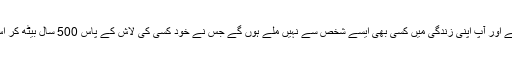
یہ سنی سنائی ہی کہانی ہے اور آپ اپنی زندگی میں کسی بھی ایسے شخص سے نہیں ملے ہوں گے جس نے خود کسی کی لاش کے پاس 500 سال بیٹھ کر اس بات کا مشاہدہ کیا ہوگا۔